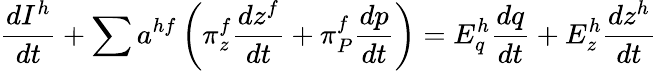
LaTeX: {\frac{dI^{h}}{dt}}+\sum a^{hf}\left(\pi_{z}^{f}{\frac{dz^{f}}{dt}}+\pi_{P}^{f}{\frac{dp}{dt}}\right)=E_{q}^{h}{\frac{dq}{dt}}+E_{z}^{h}{\frac{dz^{h}}{dt}}